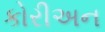
કોરીઅન